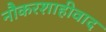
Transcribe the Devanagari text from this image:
नौकरशाहीवाद